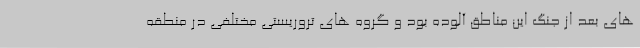
های بعد از جنگ این مناطق آلوده بود و گروه های تروریستی مختلفی در منطقه